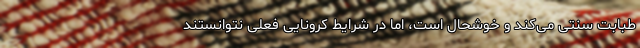
طبابت سنتی می‌کند و خوشحال است، اما در شرایط کرونایی فعلی نتوانستند